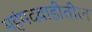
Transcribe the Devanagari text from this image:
महंमदवाडीतील